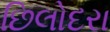
છિલોદરા